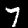
Digit: 7